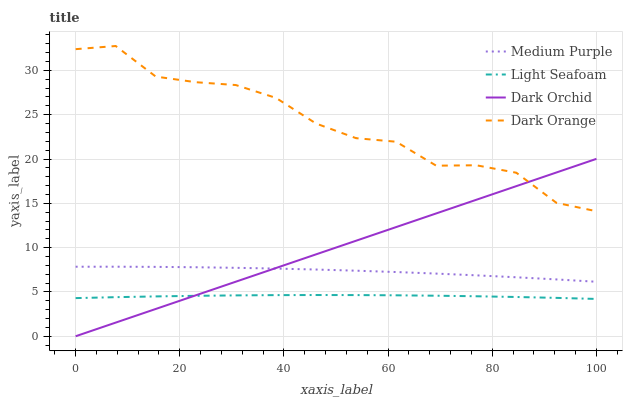
| xaxis_label | Medium Purple | Light Seafoam | Dark Orchid | Dark Orange |
 | --- | --- | --- | --- | --- |
 | 0 | 7.85 | 4.31 | 0 | 32.4 |
 | 7.69 | 7.85 | 4.41 | 1.54 | 32.8 |
 | 15.4 | 7.83 | 4.5 | 3.08 | 29.3 |
 | 23.1 | 7.79 | 4.56 | 4.62 | 28.7 |
 | 30.8 | 7.72 | 4.61 | 6.16 | 28.3 |
 | 38.5 | 7.64 | 4.64 | 7.7 | 26.9 |
 | 46.2 | 7.53 | 4.65 | 9.24 | 24 |
 | 53.8 | 7.4 | 4.65 | 10.8 | 22.4 |
 | 61.5 | 7.25 | 4.62 | 12.3 | 22 |
 | 69.2 | 7.07 | 4.58 | 13.9 | 19.2 |
 | 76.9 | 6.87 | 4.51 | 15.4 | 19.3 |
 | 84.6 | 6.65 | 4.43 | 16.9 | 18.5 |
 | 92.3 | 6.41 | 4.33 | 18.5 | 15.1 |
 | 100 | 6.15 | 4.21 | 20 | 14.1 |